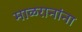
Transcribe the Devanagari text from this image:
माळरानांना